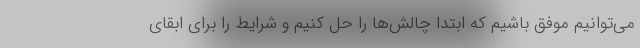
می‌توانیم موفق باشیم که ابتدا چالش‌ها را حل کنیم و شرایط را برای ابقای